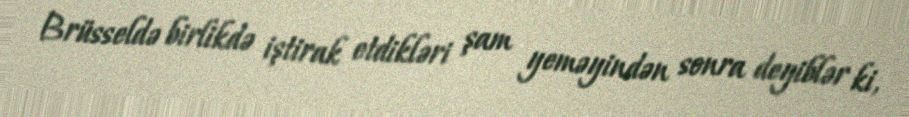
Brüsseldə birlikdə iştirak etdikləri şam yeməyindən sonra deyiblər ki,